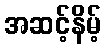
အဆင့်နိမ့်